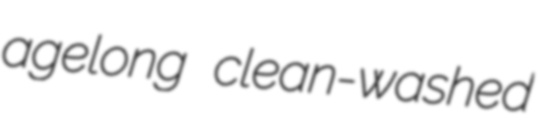
agelong clean-washed